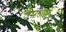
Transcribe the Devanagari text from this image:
उघरणों